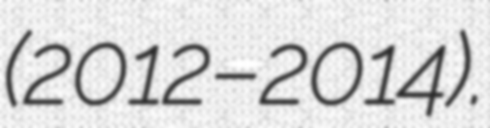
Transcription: (2012–2014).